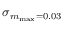
\sigma _ { m _ { \mathrm { m a x } } = 0 . 0 3 }